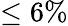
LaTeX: \leq 6\%